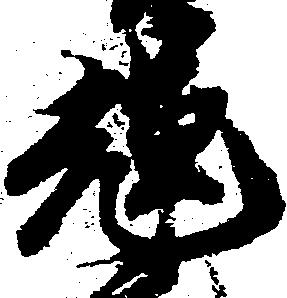
輝